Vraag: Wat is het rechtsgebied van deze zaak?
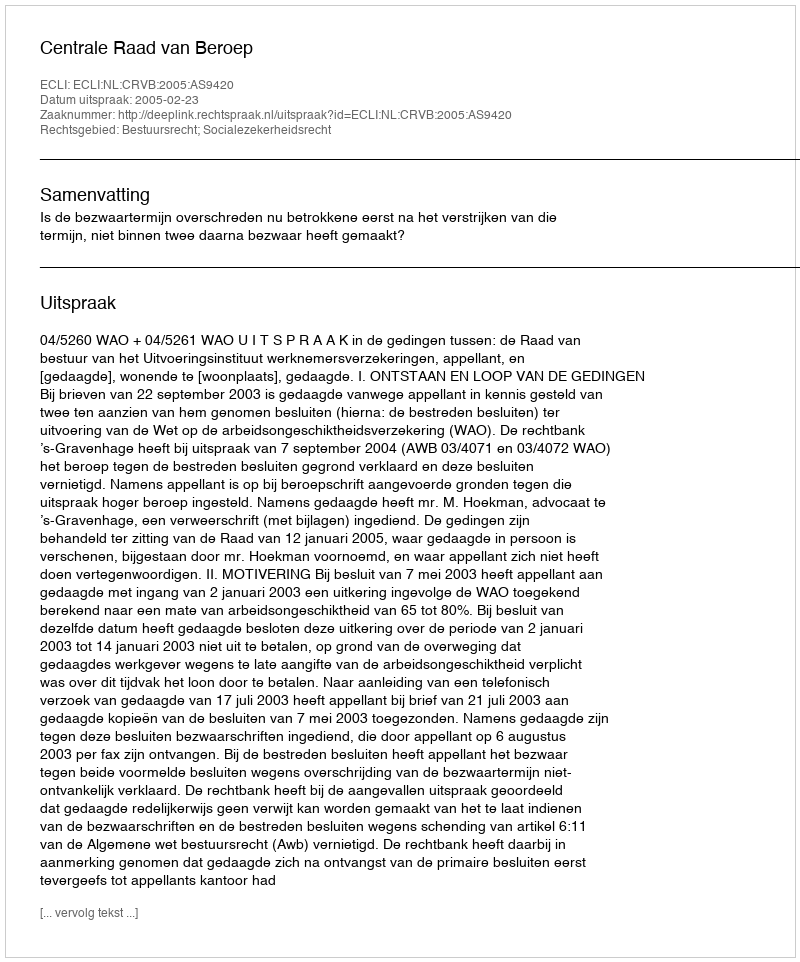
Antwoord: Bestuursrecht; Socialezekerheidsrecht